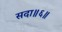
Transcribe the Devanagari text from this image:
सदा॥६॥